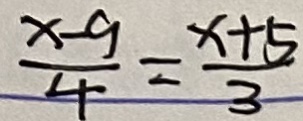
\frac { x - 9 } { 4 } = \frac { x + 5 } { 3 }